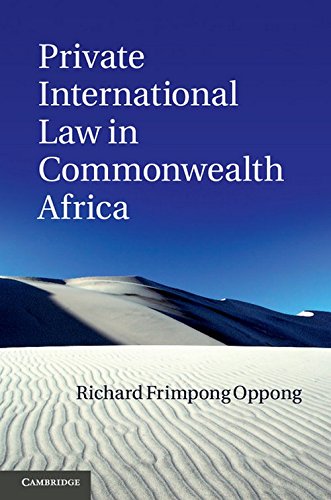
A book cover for Private International Law in Commonwealth Africa; Richard Frimpong Oppong; Law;